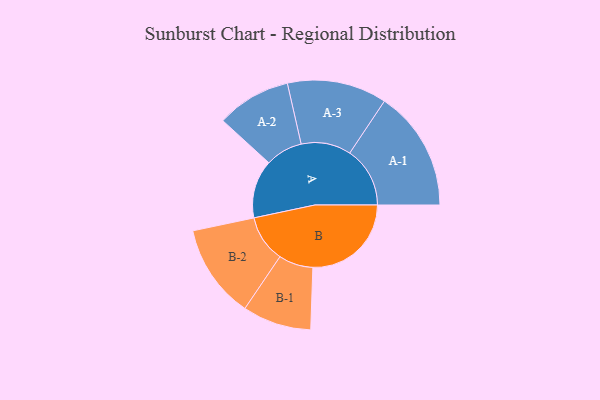
{"axis": {"x": "Segment", "y": "Value"}, "legend": ["", "A", "B"], "data": [{"x": "A", "y": 230, "type": ""}, {"x": "B", "y": 389, "type": ""}, {"x": "A-1", "y": 238, "type": "A"}, {"x": "A-2", "y": 147, "type": "A"}, {"x": "A-3", "y": 197, "type": "A"}, {"x": "B-1", "y": 136, "type": "B"}, {"x": "B-2", "y": 186, "type": "B"}]}